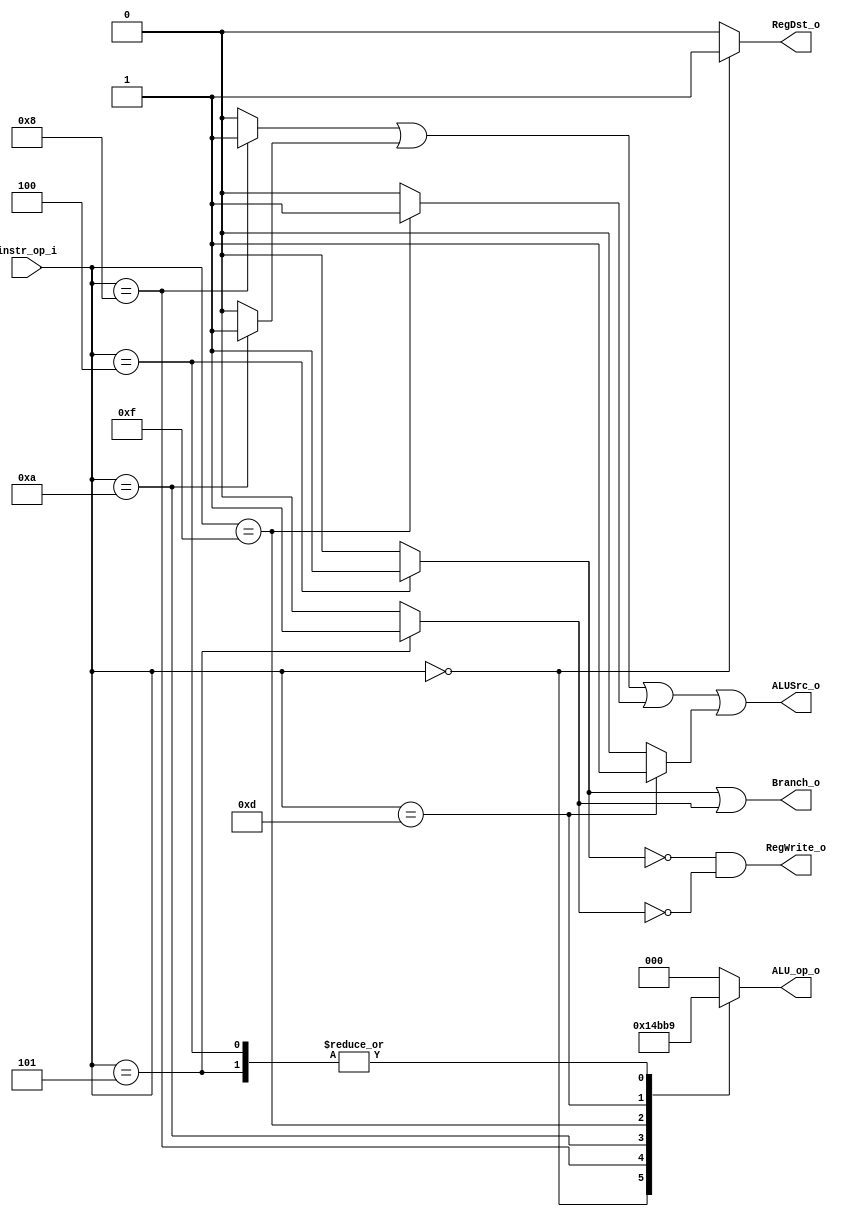
//Subject:     CO project 2 - Decoder
//--------------------------------------------------------------------------------
//Version:     1
//--------------------------------------------------------------------------------
//Writer:      Luke
//----------------------------------------------
//----------------------------------------------
//Description:
//--------------------------------------------------------------------------------

module Decoder(
  instr_op_i,
	RegWrite_o,
	ALU_op_o,
	ALUSrc_o,
	RegDst_o,
	Branch_o
	);

//I/O ports
input  [6-1:0] instr_op_i;

output         RegWrite_o;
output [3-1:0] ALU_op_o;
output         ALUSrc_o;
output         RegDst_o;
output         Branch_o;

//Internal Signals
reg    [3-1:0] ALU_op_o;
//reg            ALUSrc_o;
//reg            RegWrite_o;
//reg            RegDst_o;
//reg            Branch_o;
reg            R_format;
reg            beq;
reg            addi;
reg            slti;
reg            lui;
reg            ori;
reg            bne;
//Parameter
parameter      R_type      = 6'b000000;
parameter      BEQ         = 6'b000100;
parameter      ADDi        = 6'b001000;
parameter      SLTi        = 6'b001010;
parameter      LUI         = 6'b001111;
parameter      ORi         = 6'b001101;
parameter      BNE         = 6'b000101;
//Main function
always @(*) begin
  R_format <= (instr_op_i == R_type) ? 1 : 0;
  beq      <= (instr_op_i == BEQ)    ? 1 : 0;
  addi     <= (instr_op_i == ADDi)   ? 1 : 0;
  slti     <= (instr_op_i == SLTi)   ? 1 : 0;
  lui      <= (instr_op_i == LUI)    ? 1 : 0;
  ori      <= (instr_op_i == ORi)    ? 1 : 0;
  bne      <= (instr_op_i == BNE)    ? 1 : 0;
end

assign         RegDst_o    = R_format;
assign         ALUSrc_o    = addi || slti || lui || ori;
assign         Branch_o    = beq || bne;
assign         RegWrite_o  = ~beq && ~bne;

always @(*) begin
  case(instr_op_i)
    R_type:  ALU_op_o       = 3'b010;
    BEQ:     ALU_op_o       = 3'b001;
    ADDi:    ALU_op_o       = 3'b100;
    SLTi:    ALU_op_o       = 3'b101;
    LUI:     ALU_op_o       = 3'b110;
    ORi:     ALU_op_o       = 3'b111;
    BNE:     ALU_op_o       = 3'b001;
    default: ALU_op_o       = 3'b000;
  endcase
end

endmodule